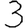
Digit: 3